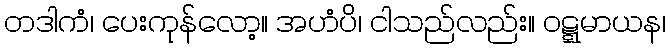
တဒါကံ၊ ပေးကုန်လော့။ အဟံပိ၊ ငါသည်လည်း။ ဝဋ္ဋမာယန၊